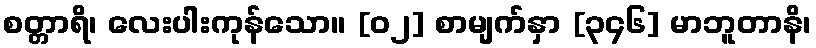
စတ္တာရိ၊ လေးပါးကုန်သော။ [၀၂] စာမျက်နှာ [၃၄၆] မာဘူတာနိ၊